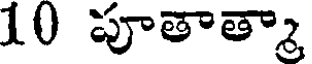
10 పూతాత్మా